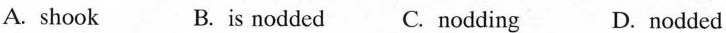
A. shook B. is nodded C. nodding D.nodded